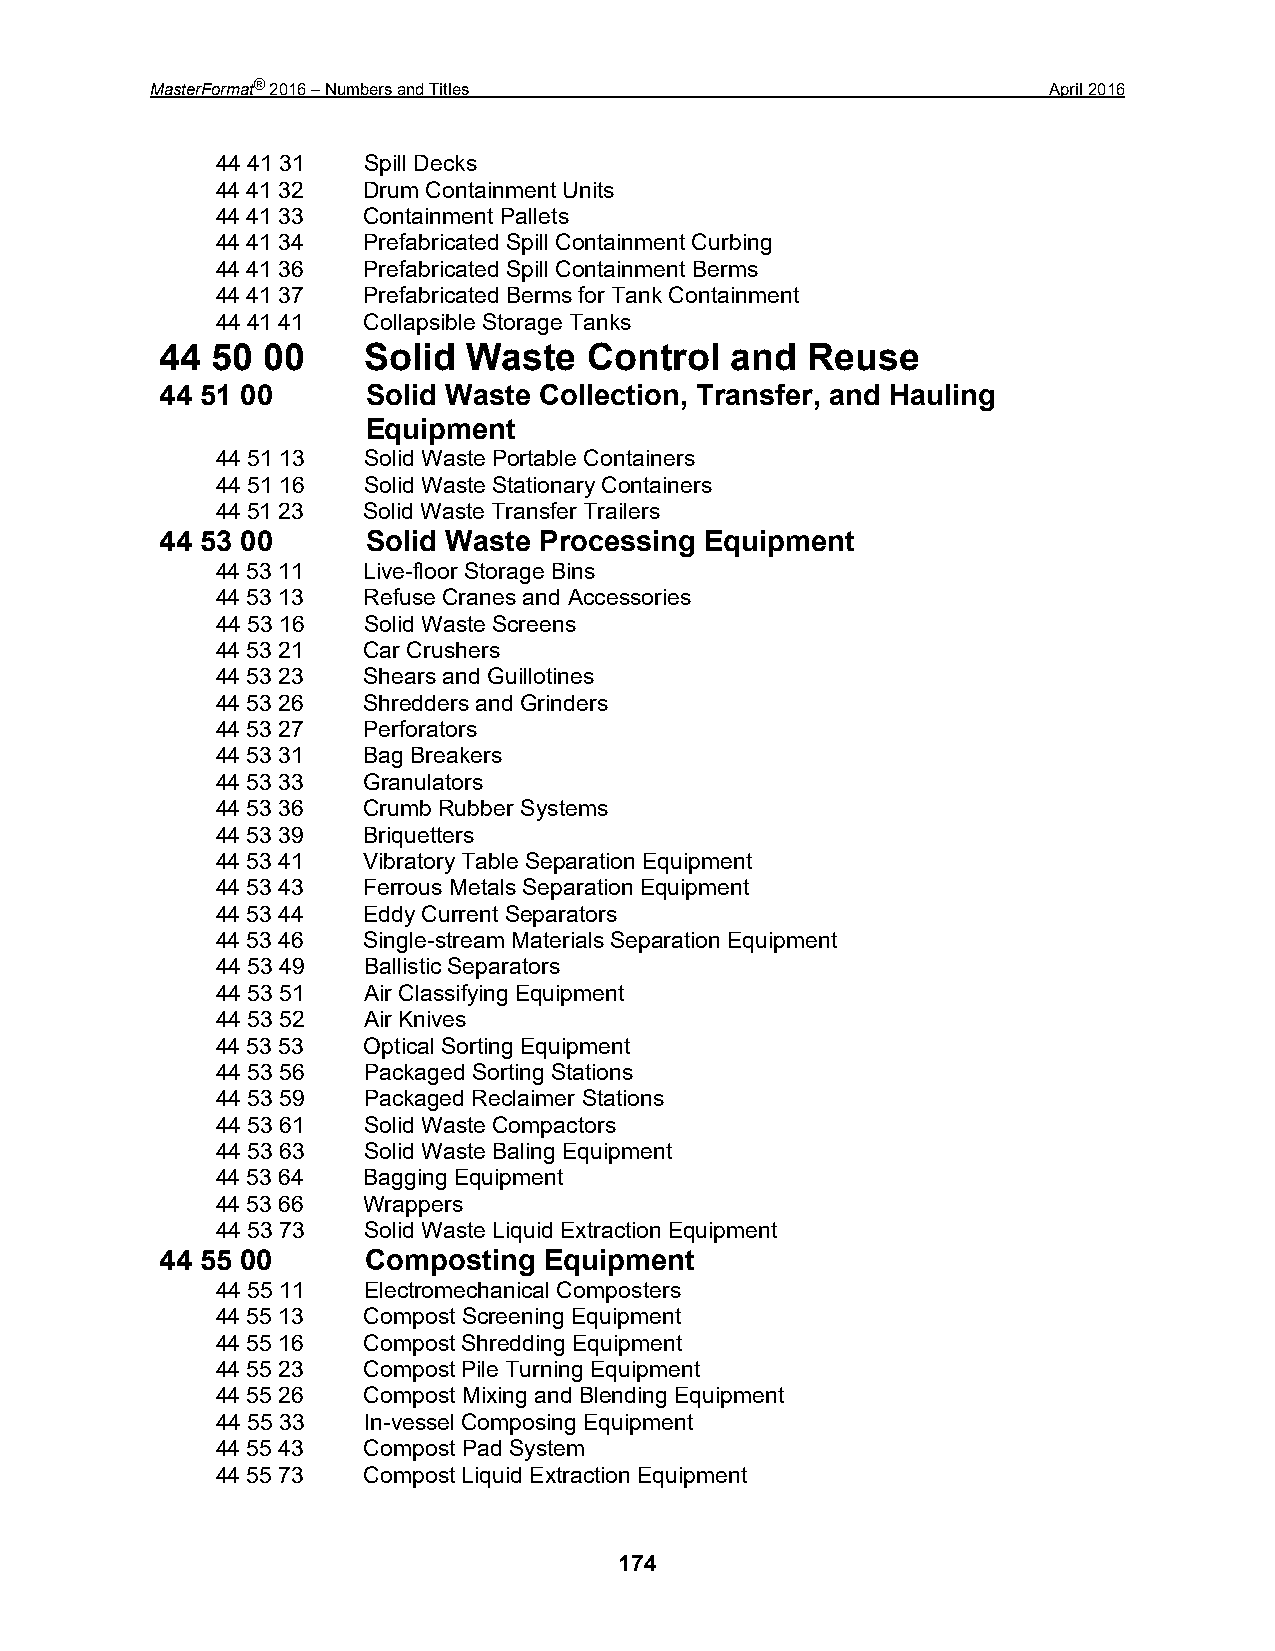
MasterFormat® 2016 – Numbers and Titles                     April 2016
 44 41 31  Spill Decks
 44 41 32  Drum Containment Units
 44 41 33  Containment Pallets
 44 41 34  Prefabricated Spill Containment Curbing
 44 41 36  Prefabricated Spill Containment Berms
 44 41 37  Prefabricated Berms for Tank Containment
 44 41 41  Collapsible Storage Tanks
 44 50 00     Solid  Waste   Control  and  Reuse
 44 51 00     Solid Waste Collection, Transfer, and Hauling
 Equipment
 44 51 13  Solid Waste Portable Containers
 44 51 16  Solid Waste Stationary Containers
 44 51 23  Solid Waste Transfer Trailers
 44 53 00     Solid Waste Processing Equipment
 44 53 11  Live-floor Storage Bins
 44 53 13  Refuse Cranes and Accessories
 44 53 16  Solid Waste Screens
 44 53 21  Car Crushers
 44 53 23  Shears and Guillotines
 44 53 26  Shredders and Grinders
 44 53 27  Perforators
 44 53 31  Bag Breakers
 44 53 33  Granulators
 44 53 36  Crumb Rubber Systems
 44 53 39  Briquetters
 44 53 41  Vibratory Table Separation Equipment
 44 53 43  Ferrous Metals Separation Equipment
 44 53 44  Eddy Current Separators
 44 53 46  Single-stream Materials Separation Equipment
 44 53 49  Ballistic Separators
 44 53 51  Air Classifying Equipment
 44 53 52  Air Knives
 44 53 53  Optical Sorting Equipment
 44 53 56  Packaged Sorting Stations
 44 53 59  Packaged Reclaimer Stations
 44 53 61  Solid Waste Compactors
 44 53 63  Solid Waste Baling Equipment
 44 53 64  Bagging Equipment
 44 53 66  Wrappers
 44 53 73  Solid Waste Liquid Extraction Equipment
 44 55 00     Composting  Equipment
 44 55 11  Electromechanical Composters
 44 55 13  Compost Screening Equipment
 44 55 16  Compost Shredding Equipment
 44 55 23  Compost Pile Turning Equipment
 44 55 26  Compost Mixing and Blending Equipment
 44 55 33  In-vessel Composing Equipment
 44 55 43  Compost Pad System
 44 55 73  Compost Liquid Extraction Equipment
 174